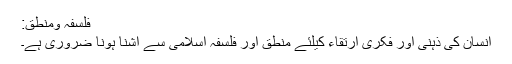
فلسفہ ومنطق:
انسان کی ذہنی اور فکری ارتقاء کیلئے منطق اور فلسفہ اسلامی سے آشنا ہونا ضروری ہے۔